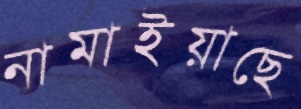
নামাইয়াছে